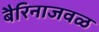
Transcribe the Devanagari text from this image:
बैरिनाजवळ